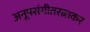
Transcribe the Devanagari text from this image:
अनूपसंगीतरत्नाकर